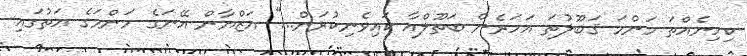
ކިހިނެއްތަ މަންމަ ޤަބޫލުތަ އަހަރެން ބަތޫލްއާ ކައިވެނިކުރަން...'' އަޒްޔާން އޭނަގެ މަންމަގެ އަތުގައި